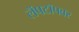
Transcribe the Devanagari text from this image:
लॅपटॉपवर